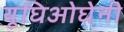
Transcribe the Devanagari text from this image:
यूघिओघेनी